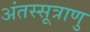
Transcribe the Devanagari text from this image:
अंतस्सूत्राणु